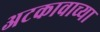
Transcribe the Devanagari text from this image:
अटकावाच्या